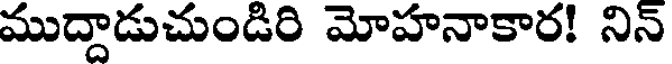
ముద్దాడుచుండిరి మోహనాకార! నిన్